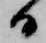
日